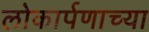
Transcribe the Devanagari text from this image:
लोकार्पणाच्या